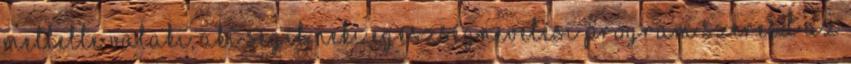
mellette valaki, aki segít neki EGÉSZSÉGNEVELÉSI PROGRAM Szeresd az